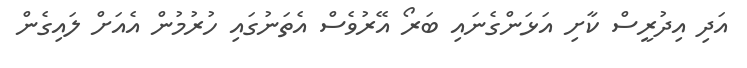
އަދި އިދުރީސް ކާށި އަޅަންގެނައި ބަރޯ އޭރުވެސް އެތަނުގައި ހުރުމުން އެއަށް ލައިގެން